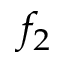
f _ { 2 }